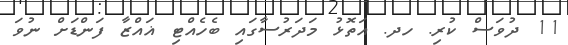
11 ދުވަސް ކުރި. ހދ. އަތޮޅު މަދަރުސާގައި ބެހެއްޓި ޣައްޒާ ފަންޑަށް ނުވަ